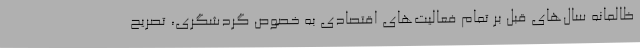
ظالمانه سال‌های قبل بر تمام فعالیت‌های اقتصادی به خصوص گردشگری، تصریح